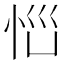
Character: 𱞐